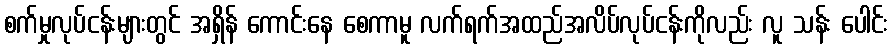
စက်မှုလုပ်ငန်းများတွင် အရှိန် ကောင်းနေ စေကာမူ လက်ရက်အထည်အလိပ်လုပ်ငန်းကိုလည်း လူ သန်း ပေါင်း